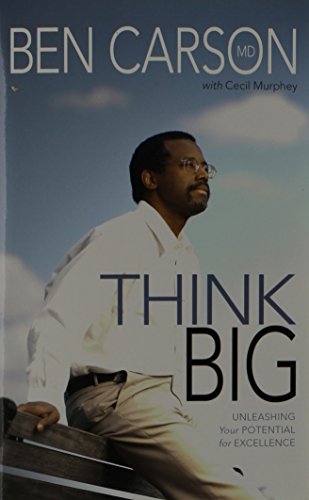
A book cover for Think Big: Unleashing Your Potential for Excellence; Ben Carson  M.D.; Self-Help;